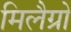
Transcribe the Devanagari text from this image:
मिलैग्रो